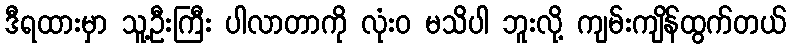
ဒီရထားမှာ သူ့ဦးကြီး ပါလာတာကို လုံးဝ မသိပါ ဘူးလို့ ကျမ်းကျိန်ထွက်တယ်